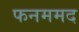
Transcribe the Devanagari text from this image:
फनममद